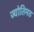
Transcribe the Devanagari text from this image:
ज्योतिमठ